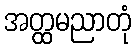
အတ္ထမညာတုံ